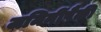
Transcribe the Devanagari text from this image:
जमिनींपैकी